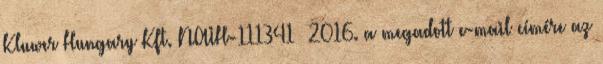
Kluwer Hungary Kft. NAIH-111341 2016. a megadott e-mail címére az